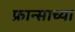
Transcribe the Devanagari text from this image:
फ्रान्साच्या